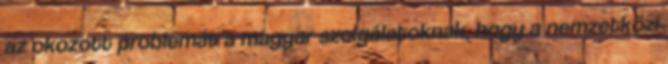
az okozott problémát a magyar szolgálatoknak, hogy a nemzetközi